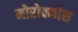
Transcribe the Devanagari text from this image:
मोरोक्कोस